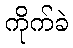
ကိုက်ခဲ